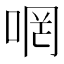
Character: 𠵜